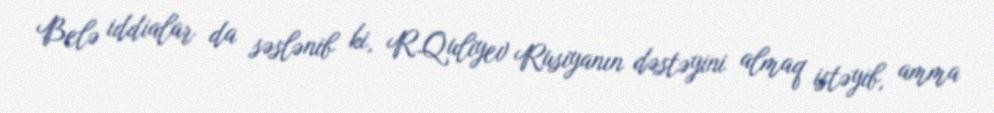
Belə iddialar da səslənib ki, R.Quliyev Rusiyanın dəstəyini almaq istəyib, amma